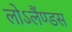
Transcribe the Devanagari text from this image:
लोऽलैंण्डस